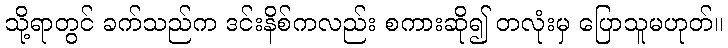
သို့ရာတွင် ခက်သည်က ဒင်းနိစ်ကလည်း စကားဆို၍ တလုံးမှ ပြောသူမဟုတ်။